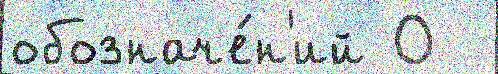
обозначе́н'ий О